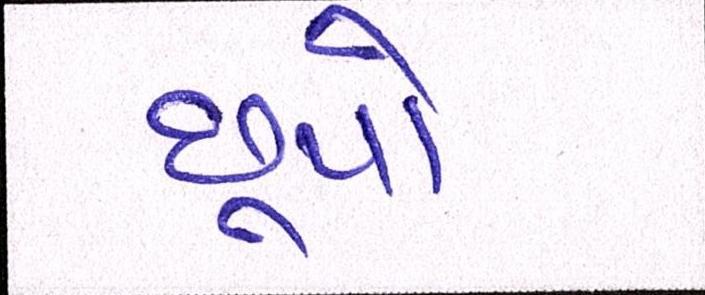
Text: છૂપો